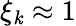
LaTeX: \xi_{\mathit{k}}\approx1